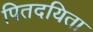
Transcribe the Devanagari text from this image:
पितदयिता